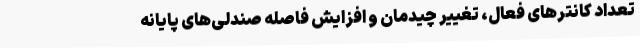
تعداد کانترهای فعال، تغییر چیدمان و افزایش فاصله صندلی‌های پایانه